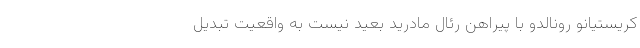
کریستیانو رونالدو با پیراهن رئال مادرید بعید نیست به واقعیت تبدیل